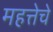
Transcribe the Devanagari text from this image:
महत्तेचे